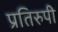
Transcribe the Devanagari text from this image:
प्रतिरुपी